画像に写った文字を読んでください
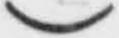
「)」と書いてあります